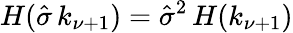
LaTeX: H(\hat{\sigma}\, k_{\nu+1})=\hat{\sigma}^{2}\, H(k_{\nu+1})